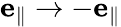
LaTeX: {\mathbf e}_{\parallel}\rightarrow-{\mathbf e}_{\parallel}